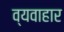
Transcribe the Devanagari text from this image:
व्यवाहार